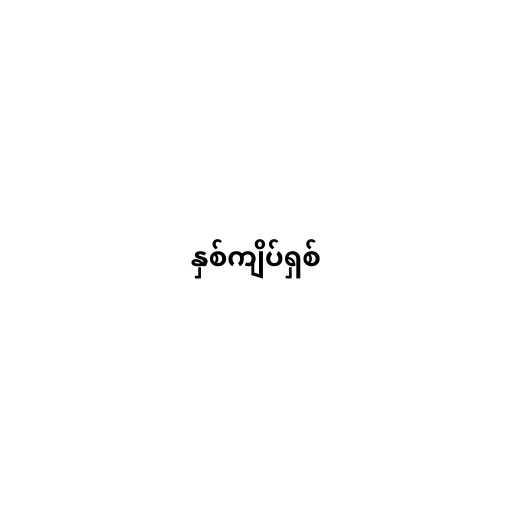
နှစ်ကျိပ်ရှစ်